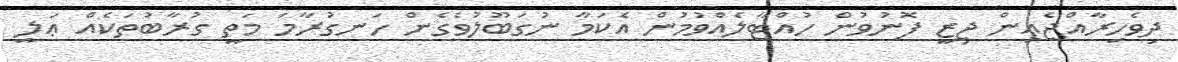
ދިވެހިރާއްޖެއިން ޖިޒީ ފޮނުވުން ހުއްޓާލެއްވުމުން އެކަމާ ނުގަބޫލުވެގެން ހަނގުރާމަ މަތީ ގުރާބުތަކެއް ޢަލީ